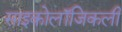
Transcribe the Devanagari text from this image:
साइकोलॉजिकली